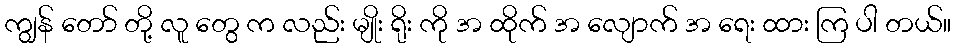
ကျွန် တော် တို့ လူ တွေ က လည်း မျိုး ရိုး ကို အ ထိုက် အ လျောက် အ ရေး ထား ကြ ပါ တယ်။